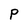
Character: P